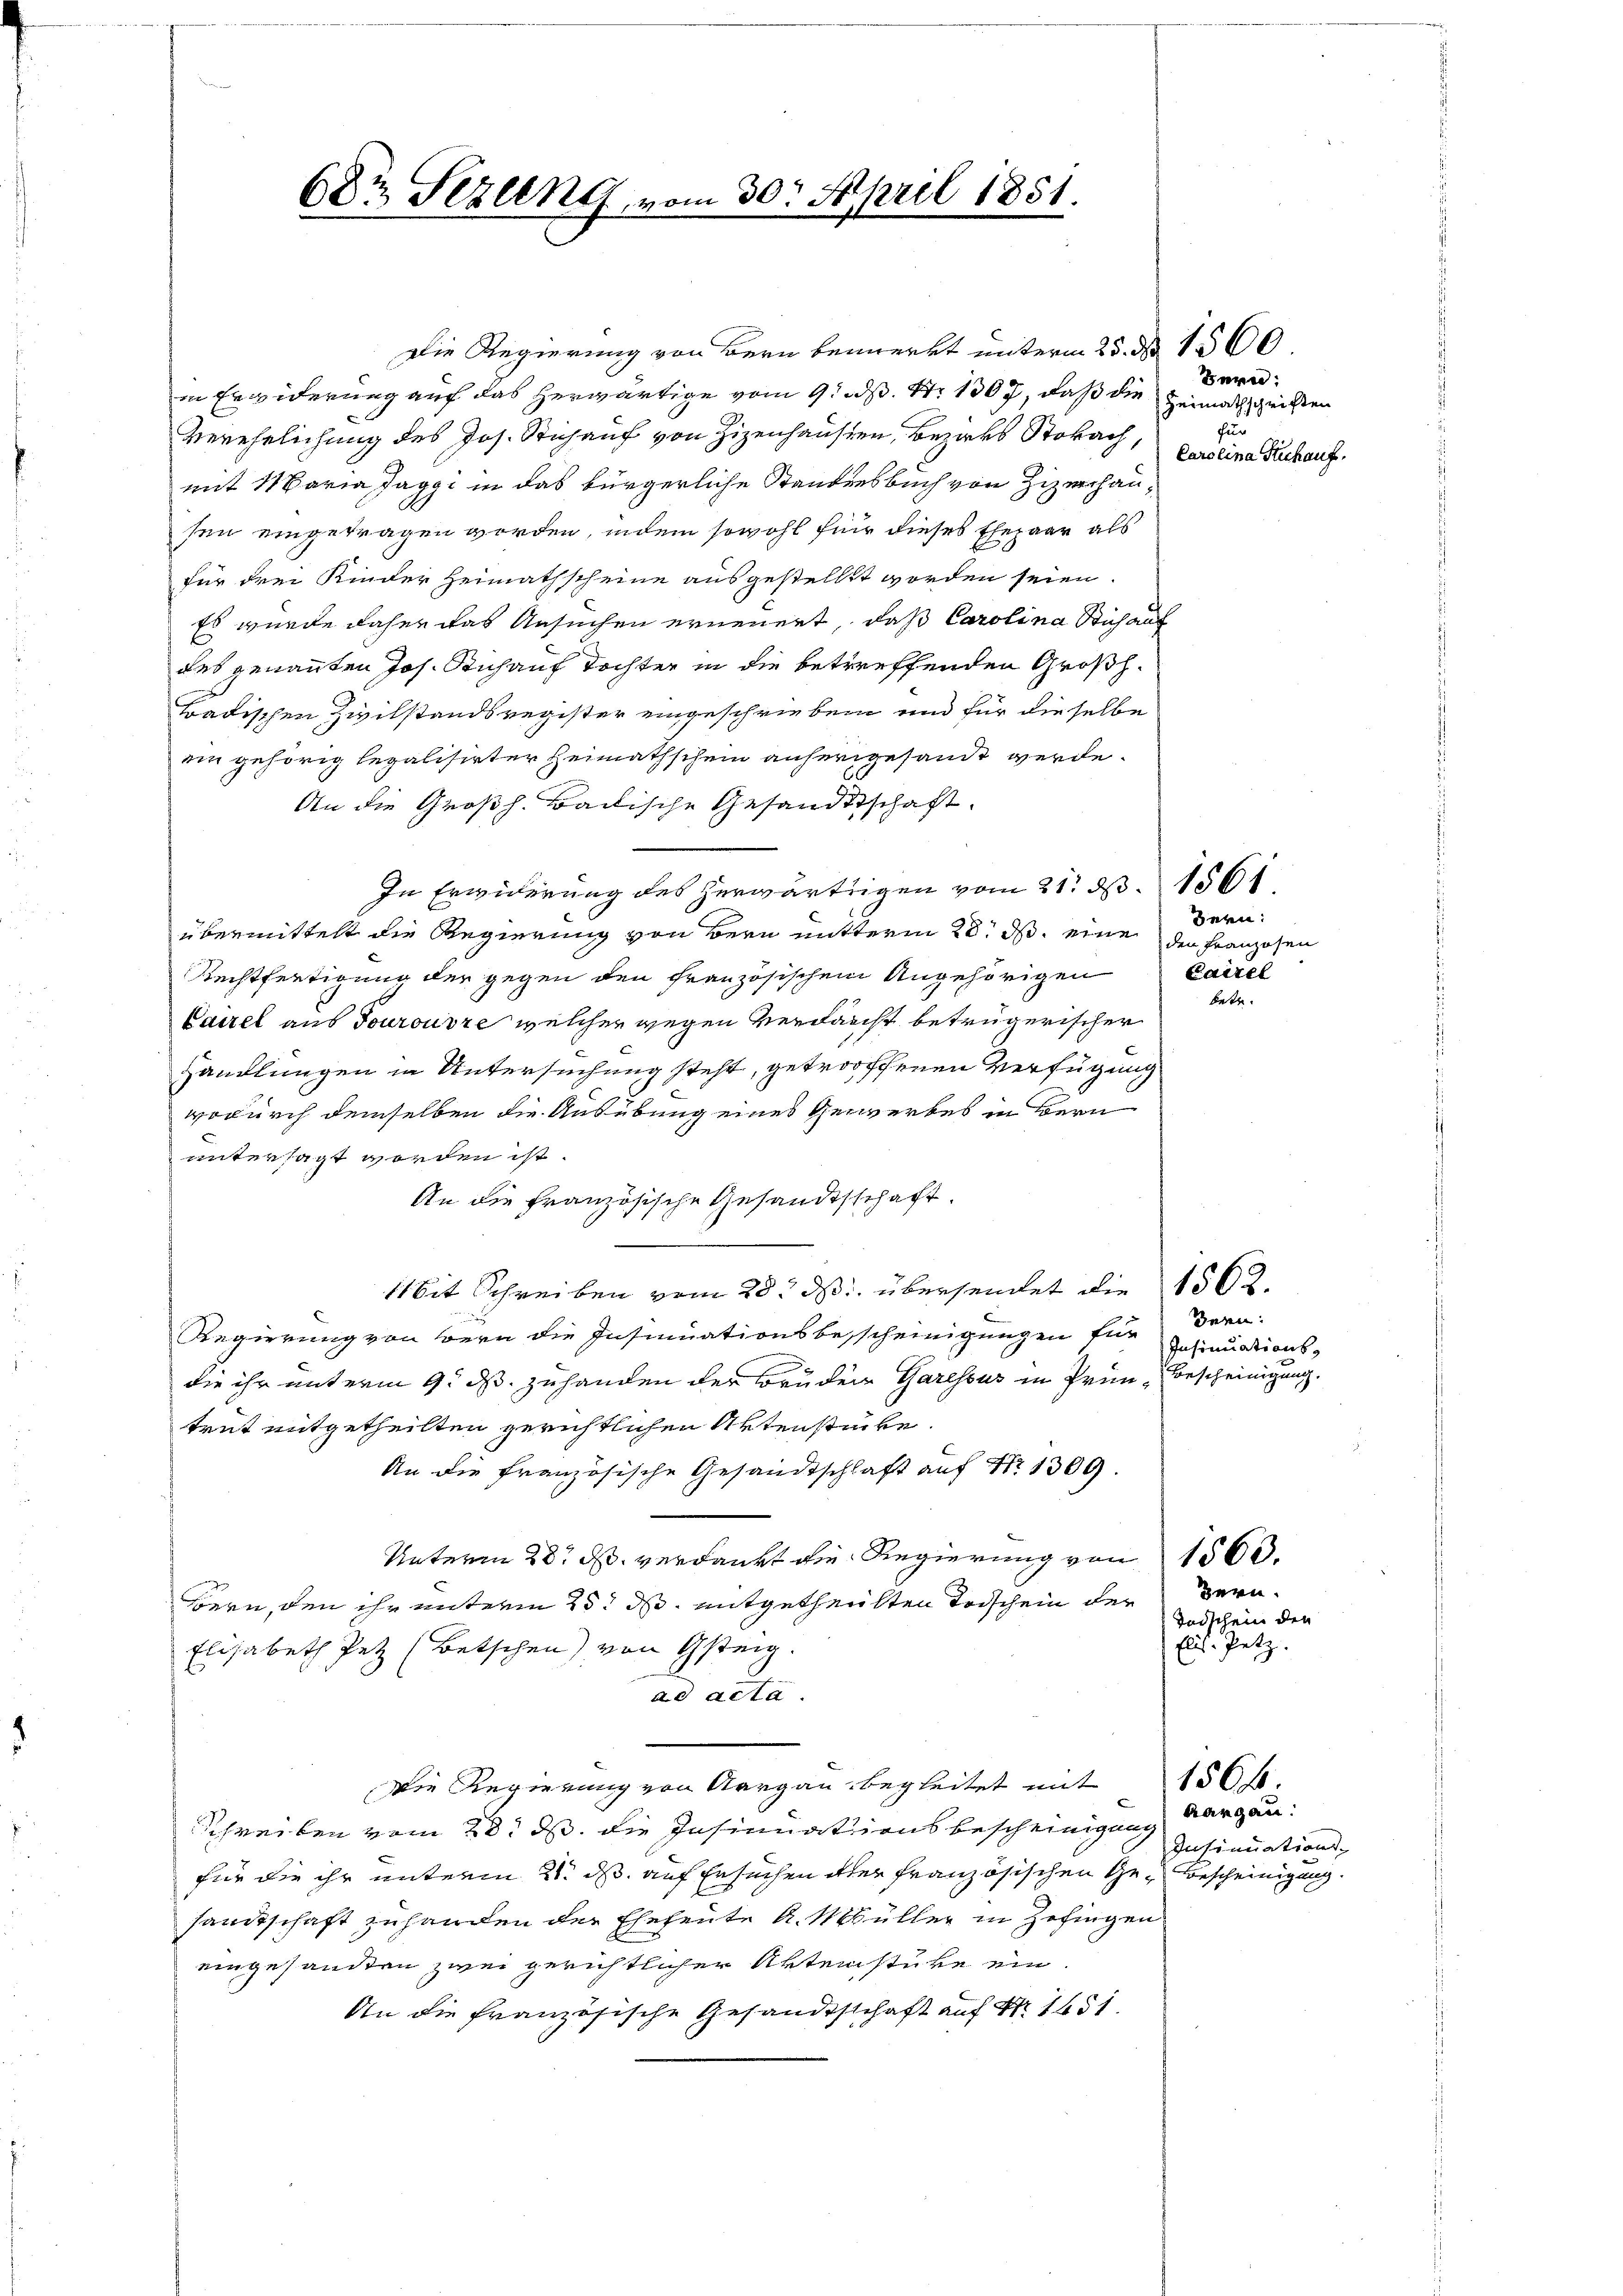
68 Sezlen, vom 30. April 1851.

Die Regierung von Bern bemerkt unterm 25. d. 1500.
in Erwiderung auf das herwärtige vom 9. N. N. 1307, daß die
Verehelichung des Jos. Stich auf von Zizenhausen, Bezaks Stokach,
mit 11 karia Jaggi in das bürgerliche Standensbuch von Zizerhausen eingetragen worden, indem sowohl für dieses Ehepaar als
für drei Kinder Heimathscheine ausgestellt worden seien.
Es wurde daher das Ansuchen erneuert, daß Carolina Stichaul
des genannten Jos. Auch auf Tochter in die betreffenden Großh.
badischen Zivilstandsregister eingeschrieben und für dieselbe
ein gehörig legalisirter Heimathschein anhergesandt werde.
An die Großh. Badische Gesandtschaft.
In Erwiderung des herwärtigen vom 21. d. 1561
übermittelt die Regierung von Bern mitterm 28. ds. eine den Franzosen
Rechtfertigung der gegen den französischen Angehörigen Cairel
Cairel aus Tourouvre welcher wegen Verdacht betrügerischer
Handlungen in Untersuchung steht, getroffenen Verfügung
wodurch demselben die Ausübung eines Gewerbes in Bern
untersagt worden ist.
An die französische Gesandtschaft.
Mit Schreiben vom 28. ds. übersendet die 1562.
Regierung von Bern die Insinuationsbesscheinigungen für gesinuationsdie ihr unterm 9. ds. zuhanden der Bruder Garessus in Grün, Bescheinigung.
trut mitgetheilten gerichtlichen Aktenstücke
An die französische Gesandtschlaft auf Nr. 1309.
Unterm 28. d. verdankt die Regierung von 1500.
Bern, den ihr unterm 25. ds. mitgetheilten Trischein der Beru¬
Elisabeth Petz (Betschen) von Gsteig.
ad acta.
dDie Regierung von Aargau begleitet mit
Schreiben vom 28. ds. die Insinuationsbescheinigung Aargau:
für die ihr unterm 21. ds auf Ersuchen oder französischen Gesandtschaft zuhanden der Eheleute A. Müller in Zofingen
eingesandten zwei gerichtlicher Aktenstüke ein
An die französische Gesandtschaft auf No 1451.

B
Heimathschriften
s
Carolina Frickauf.

Bern:

betr.

Bern:

Todschein den
Elis. Petz.

Insinuations-
Bescheinigung.

156 f